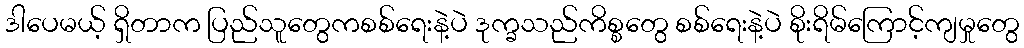
ဒါပေမယ့် ရှိတာက ပြည်သူတွေကစစ်ရေးနဲ့ပဲ ဒုက္ခသည်ကိစ္စတွေ စစ်ရေးနဲ့ပဲ စိုးရိမ်ကြောင့်ကျမှုတွေ